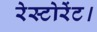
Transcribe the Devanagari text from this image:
रेस्टोरेंट।